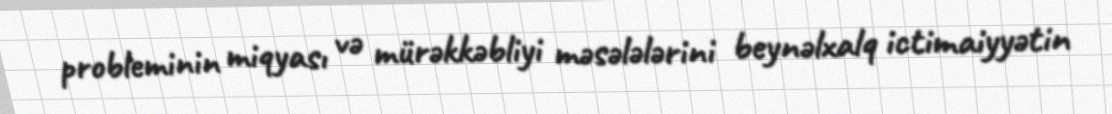
probleminin miqyası və mürəkkəbliyi məsələlərini beynəlxalq ictimaiyyətin